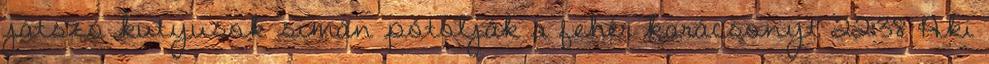
játszó kutyusok simán pótolják a fehér karácsonyt 22:38 Aki